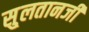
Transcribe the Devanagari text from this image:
सु्लतानजी